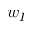
w _ { I }